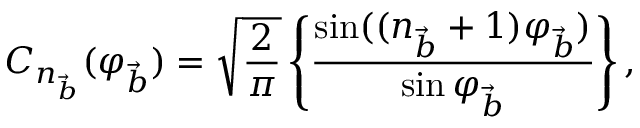
C _ { n _ { \vec { b } } } ( \varphi _ { \vec { b } } ) = \sqrt { \frac { 2 } { \pi } } \left\{ \frac { \sin ( ( n _ { \vec { b } } + 1 ) \varphi _ { \vec { b } } ) } { \sin \varphi _ { \vec { b } } } \right\} ,